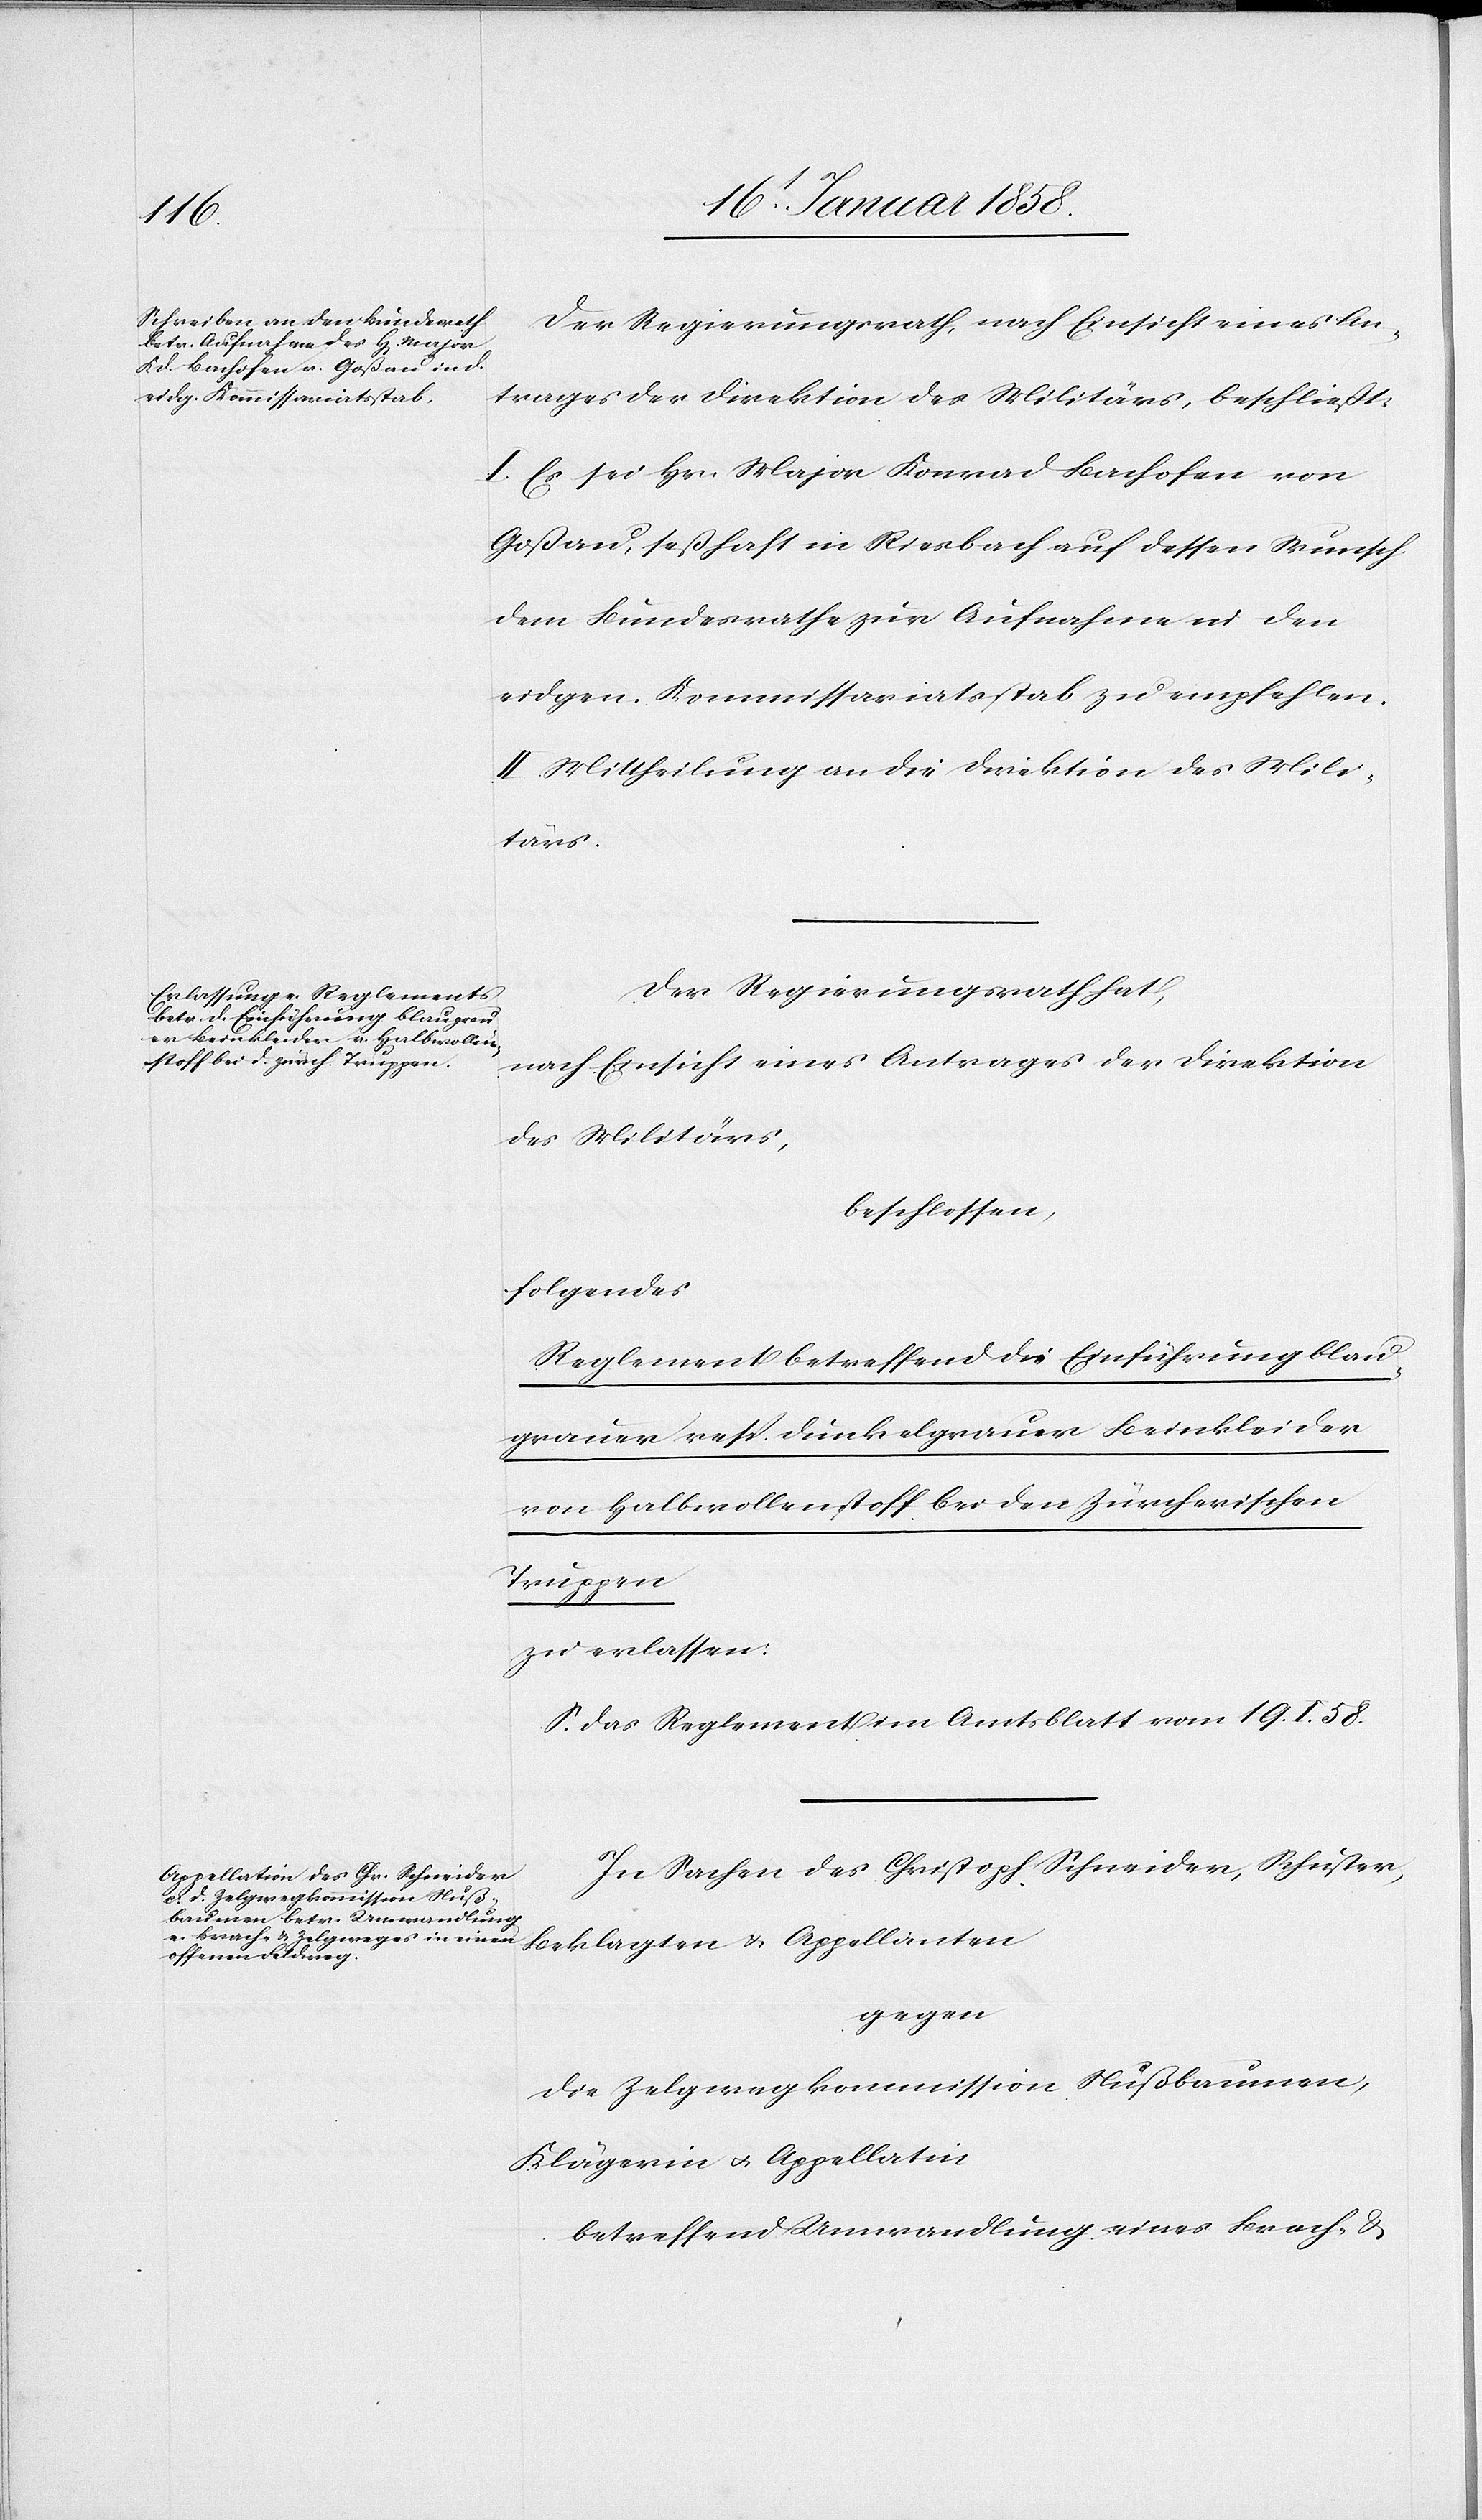
Der Regierungsrath, nach Einsicht eines An¬
trages der Direktion des Militärs, beschließt:
I. Es sei Hr. Major Konrad Bachofen von
Goßau, seßhaft in Riesbach auf dessen Wunsch
dem Bundesrathe zur Aufnahme in den
eidgen. Kommissariatsstab zu empfehlen.
II. Mittheilung an die Direktion des Mili¬
tärs.
Der Regierungsrath hat,
nach Einsicht eines Antrages der Direktion
des Militärs,
beschlossen,
folgendes
Reglement betreffend die Einführung blau¬
grauer resp. dunkelgrauer Beinkleider
von Halbwollenstoff bei den Zürcherischen
Truppen
zu erlassen:
S. das Reglement im Amtsblatt vom 19. I. 58.
In Sachen des Christoph Schneider, Schuster,
gegen
die Zelgwegkommission Nußbaumen,
Klägerin u. Appellatin
betreffend Umwandlung eines Brach- &